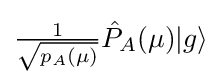
{\textstyle {\frac {1}{\sqrt {p_{A}(\mu )}}}{\hat {P}}_{A}(\mu )|g\rangle }